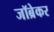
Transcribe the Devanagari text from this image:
जॉब्रेकर